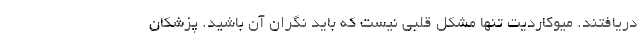
دریافتند. میوکاردیت تنها مشکل قلبی نیست که باید نگران آن باشید. پزشکان